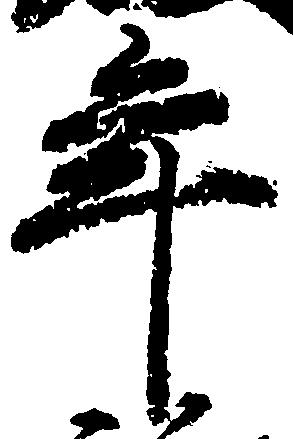
年